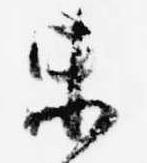
未